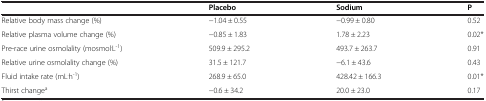
<table><thead><tr><td><b> </b></td><td><b>Placebo</b></td><td><b>Sodium</b></td><td><b>P</b></td></tr></thead><tbody><tr><td>Relative body mass change (%)</td><td>−1.04 ± 0.55</td><td>−0.99 ± 0.80</td><td>0.52</td></tr><tr><td>Relative plasma volume change (%)</td><td>−0.85 ± 1.83</td><td>1.78 ± 2.23</td><td>0.02*</td></tr><tr><td>Pre-race urine osmolality (mosmol<sup>.</sup>L<sup>-1</sup>)</td><td>509.9 ± 295.2</td><td>493.7 ± 263.7</td><td>0.91</td></tr><tr><td>Relative urine osmolality change (%)</td><td>31.5 ± 121.7</td><td>−6.1 ± 43.6</td><td>0.43</td></tr><tr><td>Fluid intake rate (mL<sup>.</sup>h<sup>-1</sup>)</td><td>268.9 ± 65.0</td><td>428.42 ± 166.3</td><td>0.01*</td></tr><tr><td>Thirst change<sup>a</sup></td><td>−0.6 ± 34.2</td><td>20.0 ± 23.0</td><td>0.17</td></tr></tbody></table>